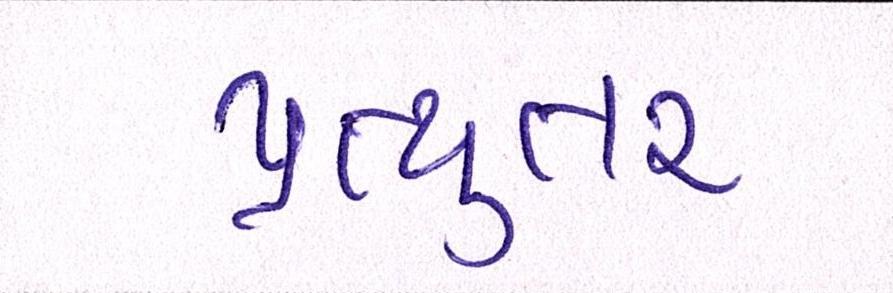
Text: પ્રત્યુતર